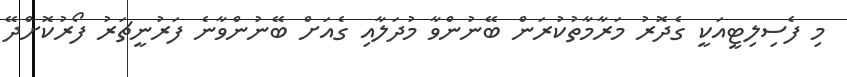
މި ފެސިލިޓީއަކީ ގެދޮރު މަރާމާތުކުރަން ބޭނުންވާ މުދަލާއި ގެއަށް ބޭނުންވާނެ ފަރުނީޗަރު ފޯރުކޮށްދޭ